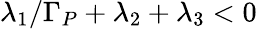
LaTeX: \lambda_{1}/\Gamma_{P}+\lambda_{2}+\lambda_{3}<0